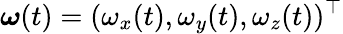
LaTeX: \boldsymbol{\omega}(t)=(\omega_{x}(t),\omega_{y}(t),\omega_{z}(t))^{\top}